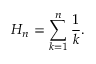
H _ { n } = \sum _ { k = 1 } ^ { n } { \frac { 1 } { k } } .